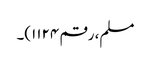
مسلم، رقم ۱۱۲۴)۔